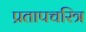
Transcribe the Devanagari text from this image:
प्रतापचरित्र